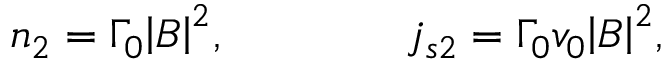
n _ { 2 } = \Gamma _ { 0 } { \left| B \right| } ^ { 2 } , \qquad \qquad j _ { s 2 } = \Gamma _ { 0 } v _ { 0 } { \left| B \right| } ^ { 2 } ,